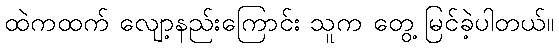
ထဲကထက် လျော့နည်းကြောင်း သူက တွေ့ မြင်ခဲ့ပါတယ်။